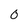
Character: 0